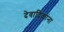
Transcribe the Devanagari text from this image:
देवादिकांना